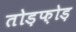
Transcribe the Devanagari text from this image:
तोड़फ़ोड़